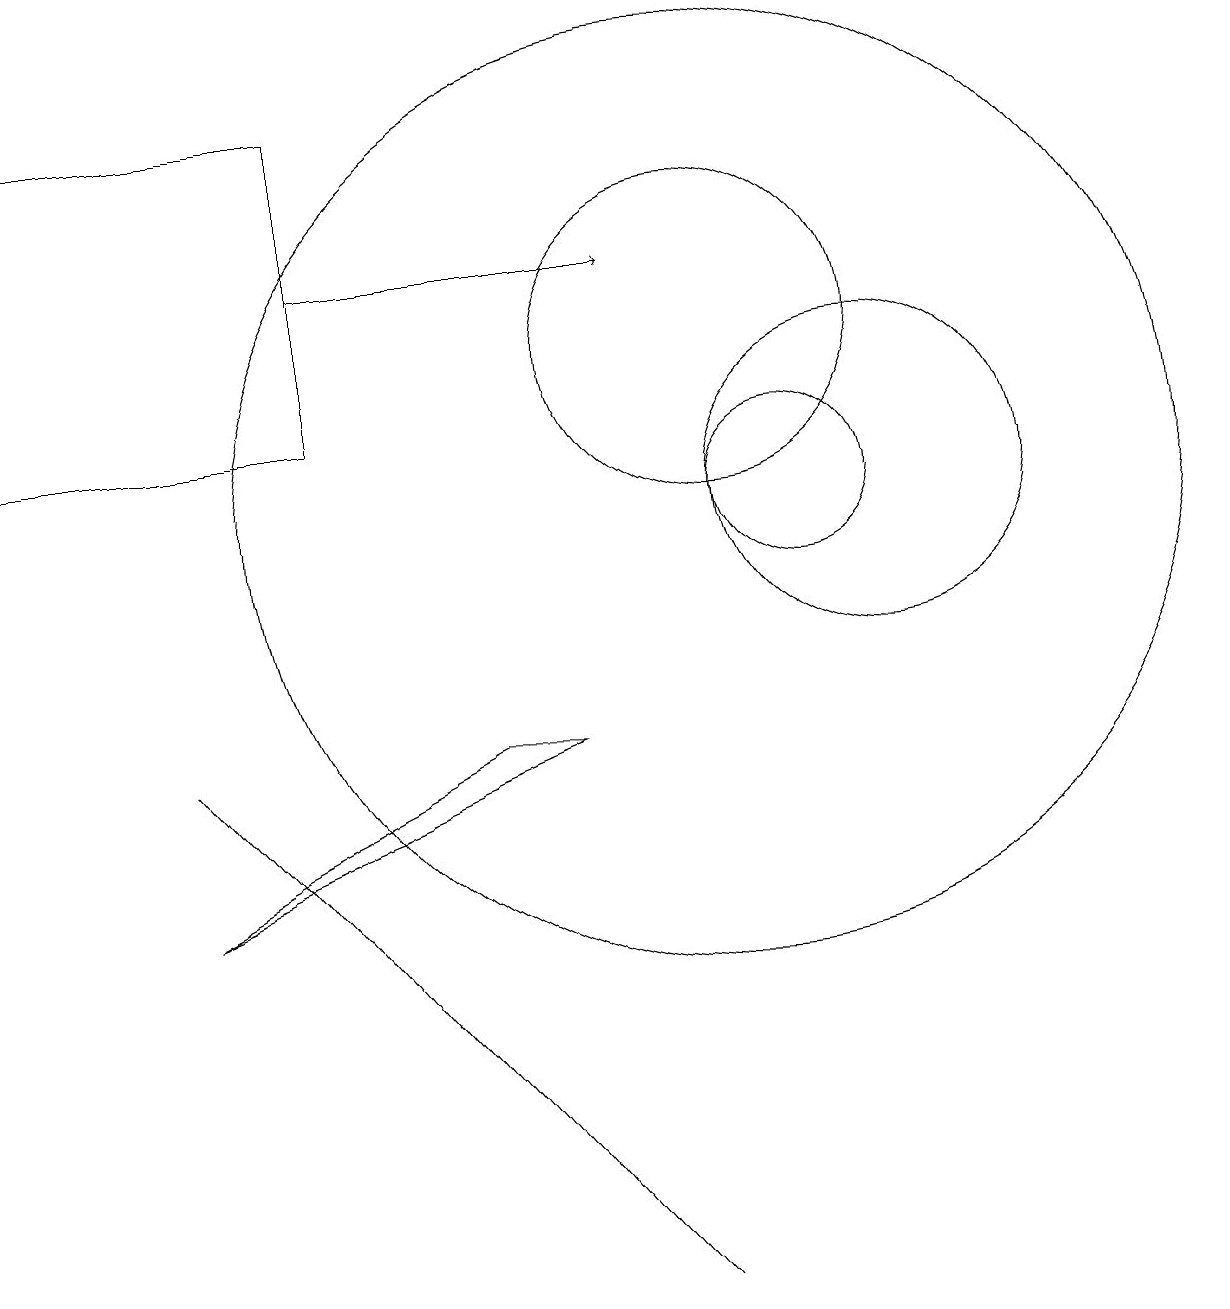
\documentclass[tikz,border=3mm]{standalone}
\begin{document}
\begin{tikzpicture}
\draw[->] (5,13) -- (9,13);
\draw (1,11) rectangle (5,15);
\draw (11,10) circle (1);
\draw (10,12) circle (2);
\draw (9,0) -- (3,7) -- (9,0) -- cycle;
\draw (7,7) -- (3,5) -- (8,7) -- cycle;
\draw (10,10) circle (6);
\draw (12,10) circle (2);
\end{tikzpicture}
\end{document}